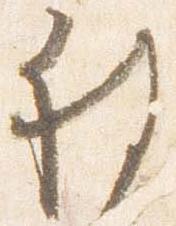
被